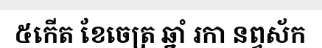
៥កើត ខែចេត្រ ឆ្នាំ រកា នព្វស័ក